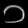
Digit: ၁